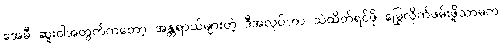
အေမီ ဆူးဝါအတွက်ကတော့ အန္တရာယ်များတဲ့ ဒီအလုပ်ဟာ သဲထိတ်ရင်ဖို မြွေလိုက်ဖမ်းဖို့သာမက